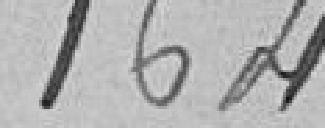
164